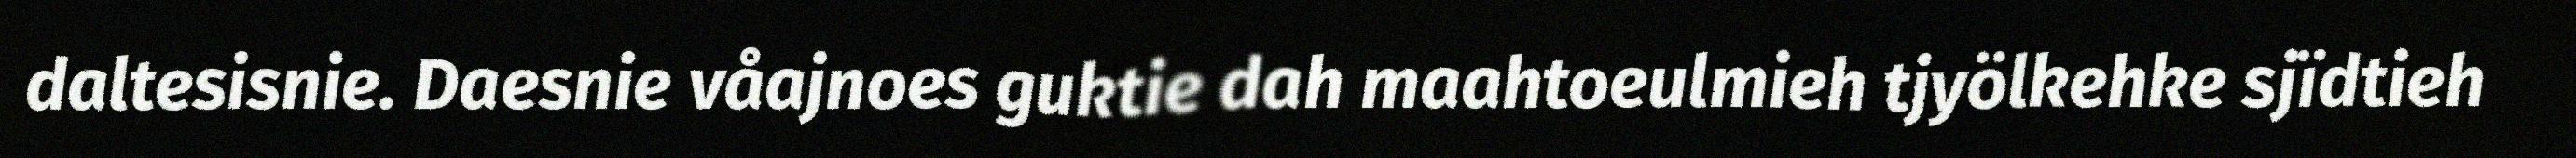
daltesisnie. Daesnie våajnoes guktie dah maahtoeulmieh tjyölkehke sjïdtieh